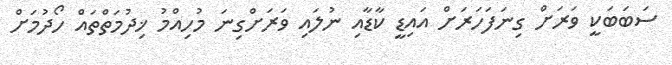
ސަބަބަކީ ވަރަށް ގިނަފަހަރަށް އައިޑީ ކާޑާއި ނުލައި ވަރަށްގިނަ މުހިއްމު ޚިދުމަތްތައް ހޯދުމަށް